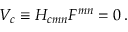
V _ { c } \equiv { \cal H } _ { c m n } { \cal F } ^ { m n } = 0 \, .